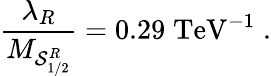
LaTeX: \frac{\lambda_{R}}{M_{{\cal S}_{1/2}^{R}}}=0.29\; \mathrm{TeV}^{-1}\; .